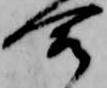
合